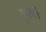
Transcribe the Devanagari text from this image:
द्सह